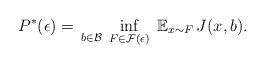
LaTeX: \begin{align*}P^*(\epsilon) = \, \underset{b \in \mathcal{B}}{} \; \inf_{F \in \mathcal{F}(\epsilon)} \; \mathbb{E}_{x \sim F} \, J(x,b). \end{align*}